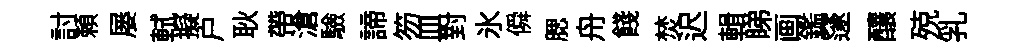
討頼屡軾擬户耿帶滄驗諦笏皿對氷僢腮舟餞焚迟輯睇画鑑邃釀殑乳